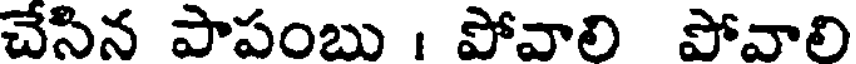
చేసిన పాపంబు । పోవాలి పోవాలి